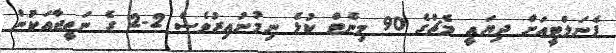
ޕެނަލްޓީއަށް ދިޔައީ މެޗްގެ 90 މިނެޓް ކުޅެ ނިމުނުއިރުވެސް 2-2 ގެ ނަތީޖާއަކުން